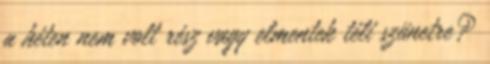
a héten nem volt rész vagy elmentek téli szünetre?